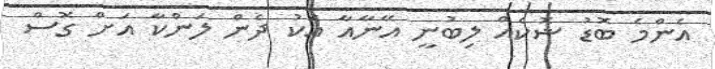
އެންމެ ބޮޑު ޝޮކެއް ލިބުނީ އޭނާއާ އެކު ދެން ލަންކާ އަށް ގޮސް